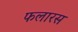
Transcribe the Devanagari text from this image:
फलारस